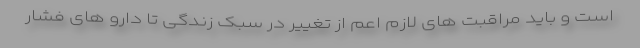
است و باید مراقبت های لازم اعم از تغییر در سبک زندگی تا دارو های فشار